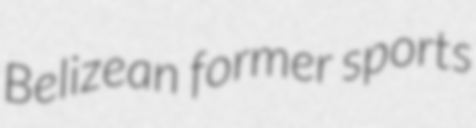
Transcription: Belizean former sports